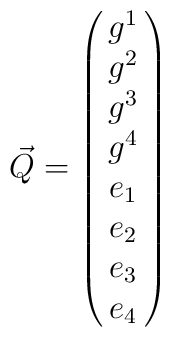
{\vec Q} = \left(\matrix{g^1 \cr g^2 \cr g^3 \cr g^4 \cr e_1 \cr e_2 \cr e_3\cr e_4 }\right)